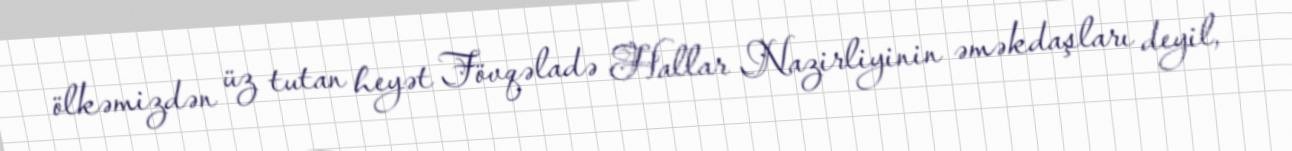
ölkəmizdən üz tutan heyət Fövqəladə Hallar Nazirliyinin əməkdaşları deyil,